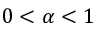
0 < \alpha < 1